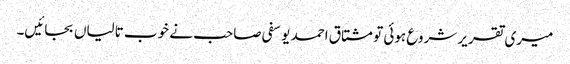
میری تقریر شروع ہوئی تو مشتاق احمد یوسفی صاحب نے خوب تالیاں بجائیں۔